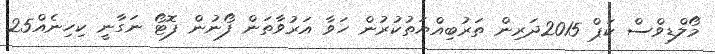
މޯލްޑިވްސް ކަޕް 2015ދަރިން ތަރުބިއްޔަތުކުރުން ހަވާ އަރުވާތަން ފޯނުން ފޮޓޯ ނަގާނީ ކިހިނެއް25